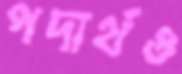
পদার্থও